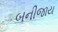
બનીજાય